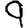
Digit: 9